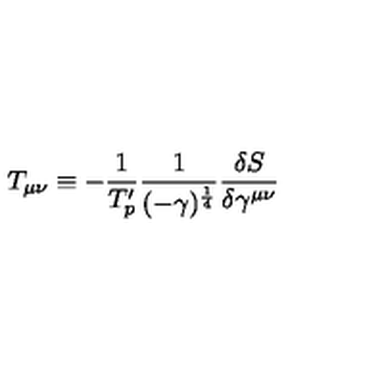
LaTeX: T _ { \mu \nu } \equiv - \frac { 1 } { T _ { p } ^ { \prime } } \frac { 1 } { ( - \gamma ) ^ { \frac { 1 } { 4 } } } \frac { \delta S } { \delta \gamma ^ { \mu \nu } }